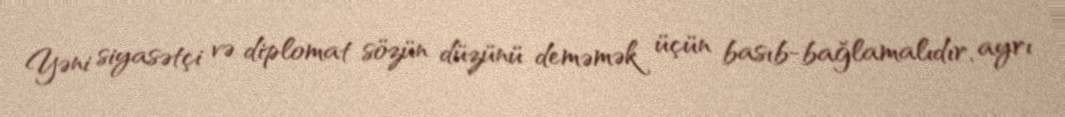
Yəni siyasətçi və diplomat sözün düzünü deməmək üçün basıb-bağlamalıdır, ayrı